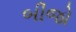
બીજો